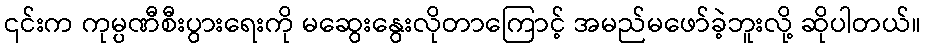
၎င်းက ကုမ္ပဏီစီးပွားရေးကို မဆွေးနွေးလိုတာကြောင့် အမည်မဖော်ခဲ့ဘူးလို့ ဆိုပါတယ်။